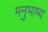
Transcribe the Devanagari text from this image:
मनुभाष्य